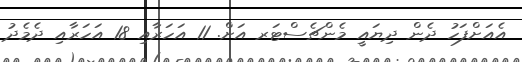
އެއަށްފަހު ދެން ދިޔައީ މެންޗެސްޓަރ އަށް. 11 އަހަރާއި 18 އަހަރާއި ދެމެދު